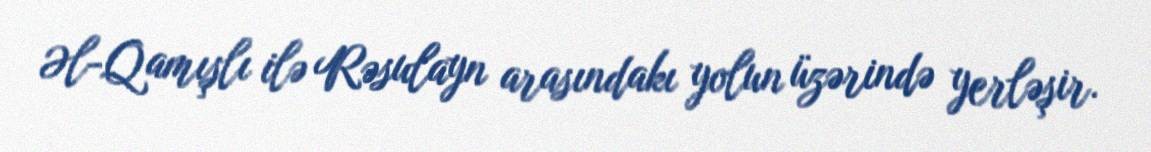
Əl-Qamışlı ilə Rəsulayn arasındakı yolun üzərində yerləşir.